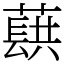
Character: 蕻